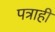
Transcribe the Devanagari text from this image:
पत्राही